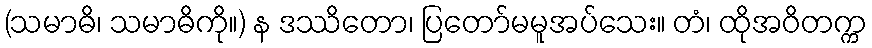
(သမာဓိ၊ သမာဓိကို။) န ဒဿိတော၊ ပြတော်မမူအပ်သေး။ တံ၊ ထိုအဝိတက္က